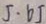
J \cdot 6 J